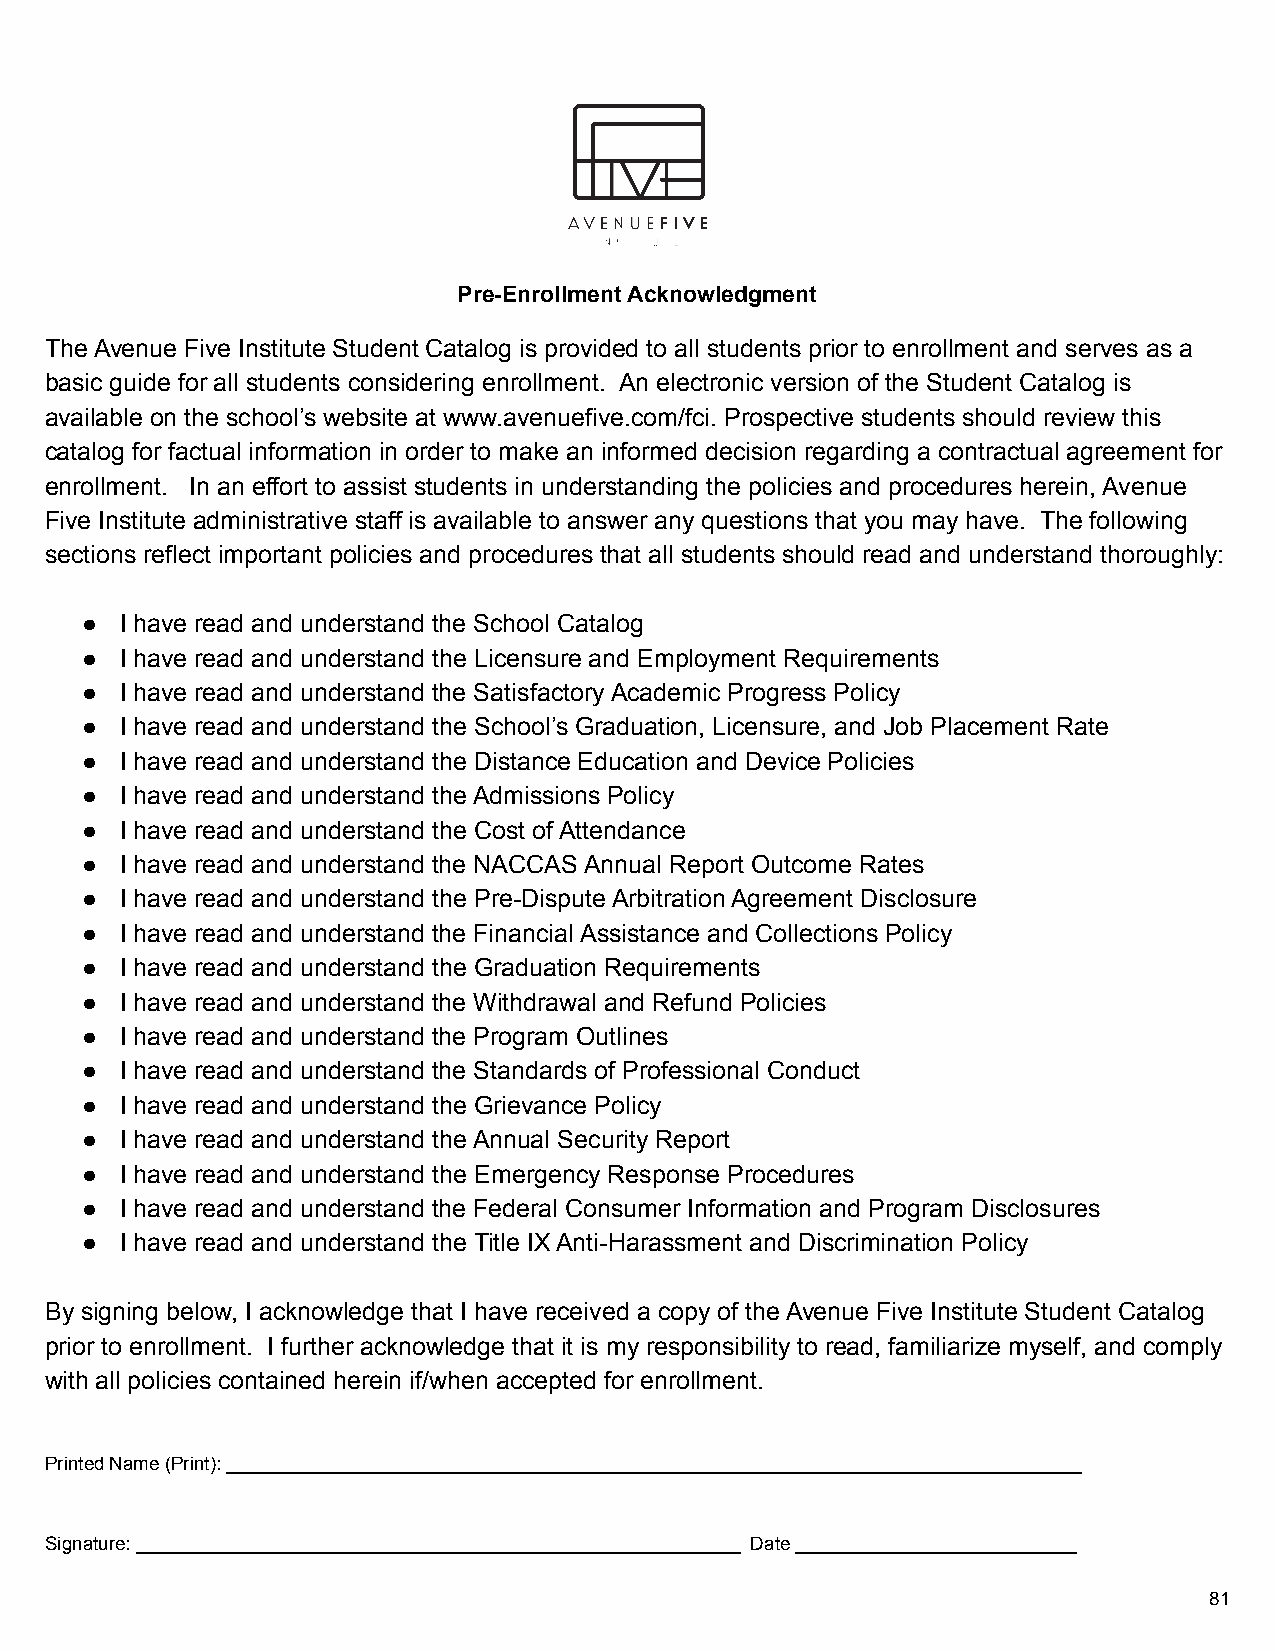
Pre-Enrollment Acknowledgment
 STUDENT HANDBOOK AND CATALOG ACKNOWLEDGMENT OF RECEIPT
 The Avenue Five Institute Student Catalog is provided to all students prior to enrollment and serves as a
 basic guide for all students considering enrollment. An electronic version of the Student Catalog is
 available on the school’s website at www.avenuefive.com/fci. Prospective students should review this
 catalog for factual information in order to make an informed decision regarding a contractual agreement for
 enrollment. In an effort to assist students in understanding the policies and procedures herein, Avenue
 Five Institute administrative staff is available to answer any questions that you may have. The following
 sections reflect important policies and procedures that all students should read and understand thoroughly:
 ●  I have read and understand the School Catalog
 ●  I have read and understand the Licensure and Employment Requirements
 ●  I have read and understand the Satisfactory Academic Progress Policy
 ●  I have read and understand the School’s Graduation, Licensure, and Job Placement Rate
 ●  I have read and understand the Distance Education and Device Policies
 ●  I have read and understand the Admissions Policy
 ●  I have read and understand the Cost of Attendance
 ●  I have read and understand the NACCAS Annual Report Outcome Rates
 ●  I have read and understand the Pre-Dispute Arbitration Agreement Disclosure
 ●  I have read and understand the Financial Assistance and Collections Policy
 ●  I have read and understand the Graduation Requirements
 ●  I have read and understand the Withdrawal and Refund Policies
 ●  I have read and understand the Program Outlines
 ●  I have read and understand the Standards of Professional Conduct
 ●  I have read and understand the Grievance Policy
 ●  I have read and understand the Annual Security Report
 ●  I have read and understand the Emergency Response Procedures
 ●  I have read and understand the Federal Consumer Information and Program Disclosures
 ●  I have read and understand the Title IX Anti-Harassment and Discrimination Policy
 By signing below, I acknowledge that I have received a copy of the Avenue Five Institute Student Catalog
 prior to enrollment. I further acknowledge that it is my responsibility to read, familiarize myself, and comply
 with all policies contained herein if/when accepted for enrollment.
 Printed Name (Print): __________________________________________________________________________________
 Signature: __________________________________________________________ Date ___________________________
 81